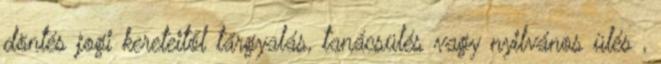
döntés jogi kereteitől tárgyalás, tanácsülés vagy nyilvános ülés ,